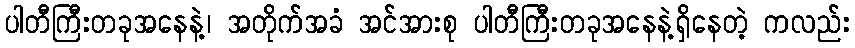
ပါတီကြီးတခုအနေနဲ့၊ အတိုက်အခံ အင်အားစု ပါတီကြီးတခုအနေနဲ့ရှိနေတဲ့ ကလည်း